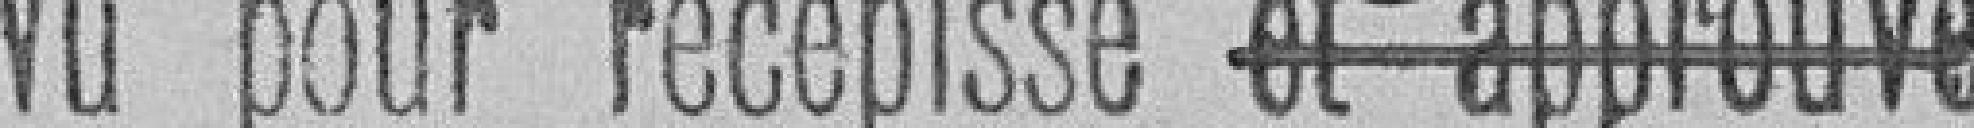
Vu pour récépissé et approuvé